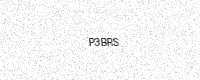
Text: P3BRS